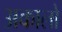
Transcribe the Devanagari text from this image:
अकालो